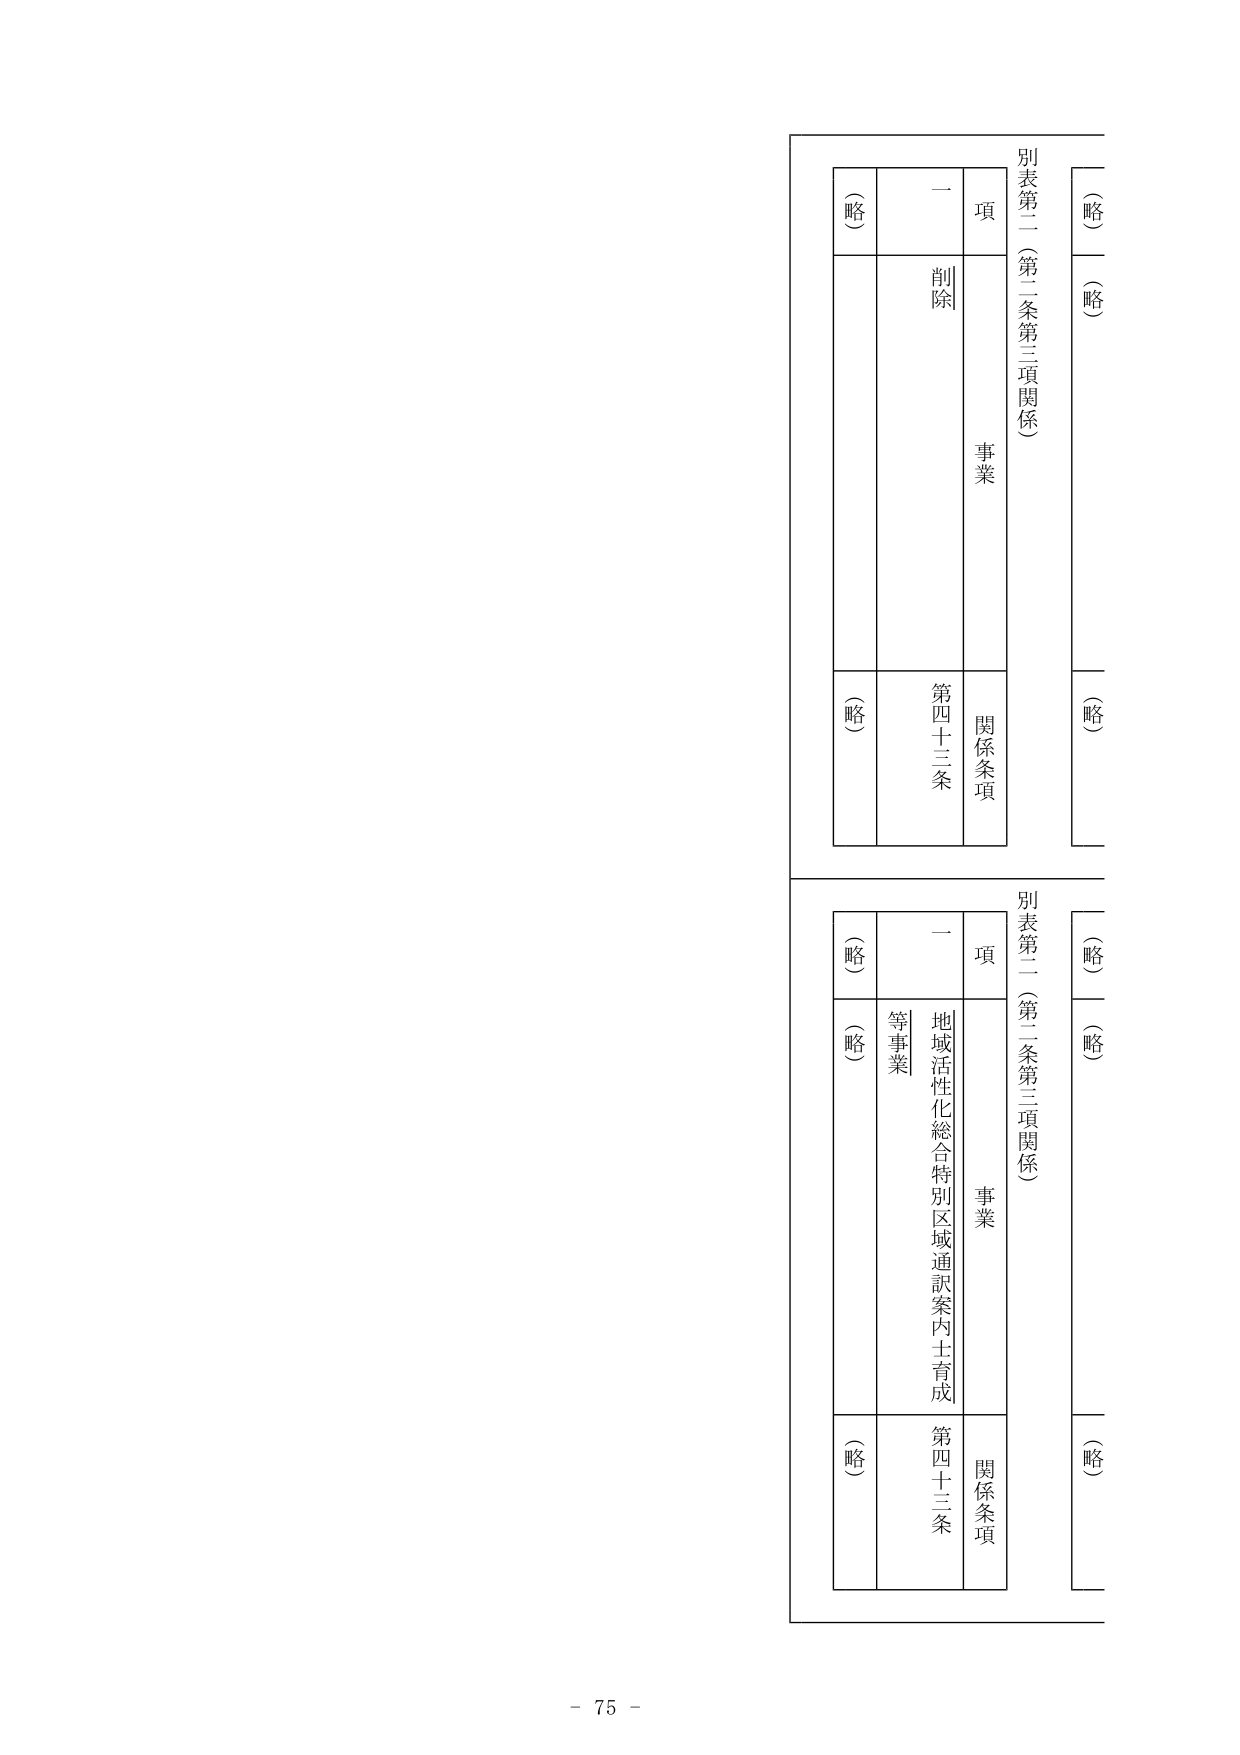
別表第二（第二条第三項関係）

項
事業
関係条項

（略）
一
削除
（略）
第四十三条

（略）
（略）

別表第二（第二条第三項関係）

項
事業
関係条項

（略）
一
地域活性化総合特別区域通訳案内士育成等事業
（略）
第四十三条

（略）
（略）

- 75 -